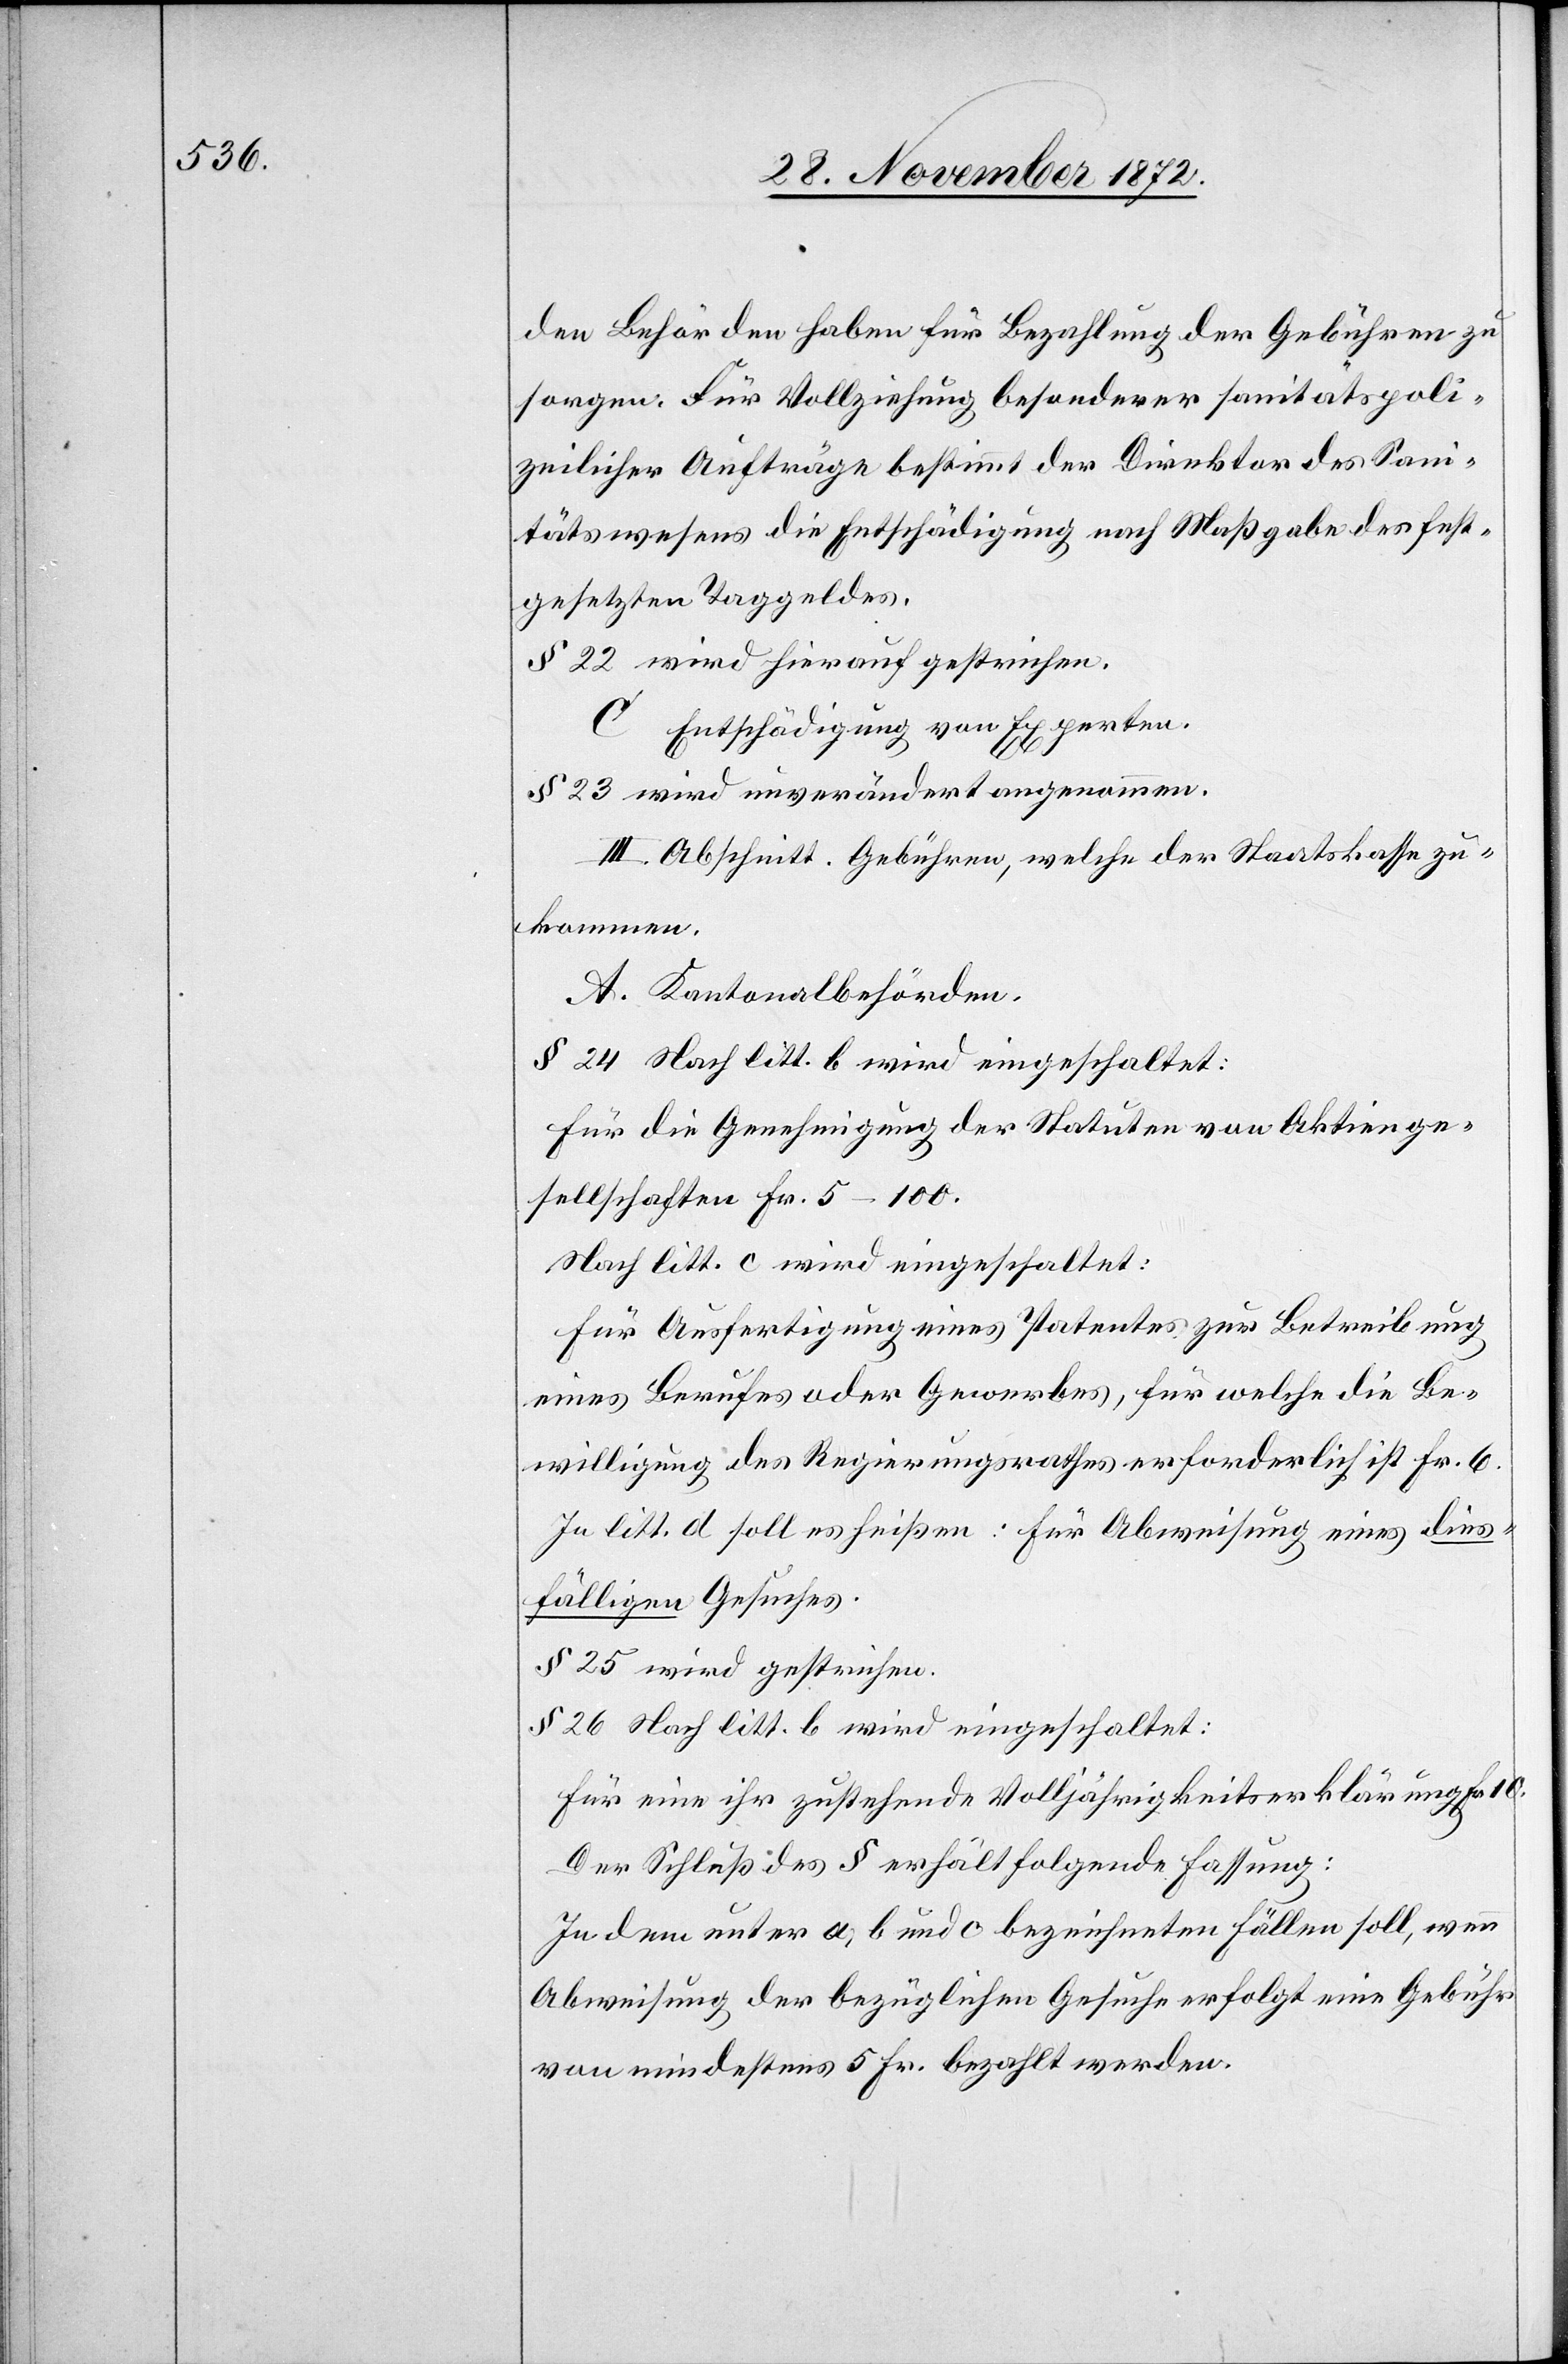
den Behörden haben für Bezahlung der Gebühren zu
sorgen. Für Vollziehung besonderer sanitätspoli¬
zeilicher Aufträge bestimmt der Direktor des Sanitäts-
Gefängnißwesens die Entschädigung nach Maßgabe des fest¬
gesetzten Taggeldes.
§ 22 wird hierauf gestrichen.
C. Entschädigung von Experten.
§ 23 wird unverändert angenommen.
III. Abschnitt. Gebühren, welche der Staatskasse zu¬
kommen.
A. Kantonalbehörden.
§ 24 Nach litt. b wird eingeschaltet:
Für die Genehmigung der Statuten von Aktienge¬
sellschaften Fr. 5–100.
Nach litt. c wird eingeschaltet:
Für Ausfertigung eines Patentes zur Betreibung
eines Berufes oder Gewerbes, für welche die Be¬
willigung des Regierungsrathes erforderlich ist Fr. 6.
In litt. d soll es heißen: Für Abweisung eines dies¬
fälligen Gesuches.
§ 25 wird gestrichen.
§ 26 Nach litt. b wird eingeschaltet:
Für eine ihr zustehende Volljährigkeitserklärung Fr. 10.
Der Schluß des § erhält folgende Fassung:
In den unter a, b und c bezeichneten Fällen soll, wenn
Abweisung der bezüglichen Gesuche erfolgt eine Gebühr
von mindestens 5 Fr. bezahlt werden.